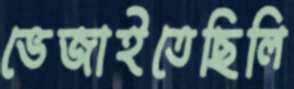
ভেজাইতেছিলি